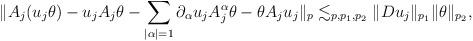
LaTeX: \begin{align*}\| A_j (u_j \theta) - u_j A_j \theta -\sum_{|\alpha|=1}\partial_{\alpha} u_j A_j^{\alpha} \theta - \theta A_j u_j \|_p \lesssim_{p,p_1,p_2} \| D u_j \|_{p_1} \| \theta \|_{p_2},\end{align*}